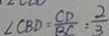
\angle C B D = \frac { C D } { B C } = \frac { 2 } { 3 }